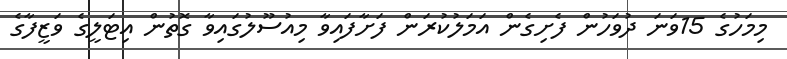
މިމަހުގެ 15ވަނަ ދުވަހުން ފެށިގެން އަމަލުކުރަން ފަށާފައިވާ މިއުސޫލުގައިވާ ގޮތުން އިޓަލީގެ ވަޒީފާގެ